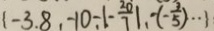
1 - 3 . 8 , - 1 0 - \vert - \frac { 2 0 } { 7 } \vert , - ( - \frac { 3 } { 5 } ) \cdots 1